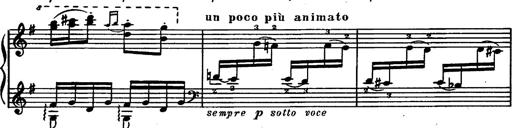
Title: Magyar rapszÃ³diÃ¡k
Composer: Franz Liszt